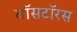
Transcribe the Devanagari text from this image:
बॉसटॉरस